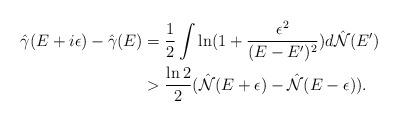
LaTeX: \begin{align*}\hat\gamma (E+i\epsilon)-\hat\gamma (E)&=\frac{1}{2}\int\ln(1+\frac{\epsilon^{2}}{(E-E')^{2}})d\hat{\mathcal N}(E')\\&>\frac{\ln 2}{2}(\hat{\mathcal N}(E+\epsilon)-\hat{\mathcal N}(E-\epsilon)).\end{align*}